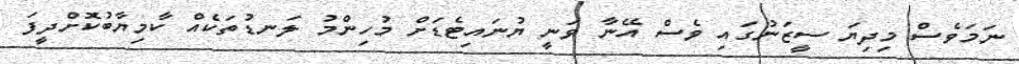
ނަމަވެސް މިދިޔަ ސީޒަނުގައި ވެސް އޭނާ ވަނީ ޔުނައިޓެޑަށް މުހިންމު ލަނޑުތަކެއް ކާމިޔާބުކޮށްދީފަ